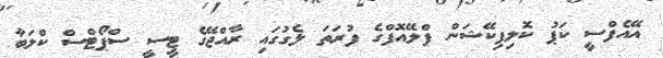
އޭއެފްސީ ކަޕު ކޮލިފިކޭޝަން ޕްލޭއޮފްގެ ފުރަތަަ ލެގުގައި ރާއްޖޭގެ ޓީސީ ސްޕޯޓްސް ކްލަބާ